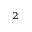
^ 2